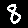
Digit: 8